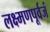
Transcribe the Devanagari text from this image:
लक्ष्मणपूर्वजं